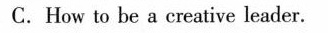
C.How to be a creative leader